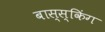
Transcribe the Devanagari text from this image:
बास्स्किंग